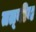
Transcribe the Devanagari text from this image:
तत्‍वीय